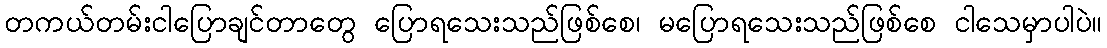
တကယ်တမ်းငါပြောချင်တာတွေ ပြောရသေးသည်ဖြစ်စေ၊ မပြောရသေးသည်ဖြစ်စေ ငါသေမှာပါပဲ။